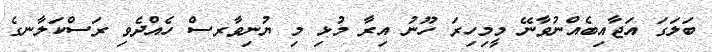
ބަލަގަ އަޖާއިބެއްނުވާނޭ މީމިހިރަ ހޫނު އިރާ މުޅި މި ޔުނިވާރސް ހެއްދެވި ރަސްކަލާނގެ